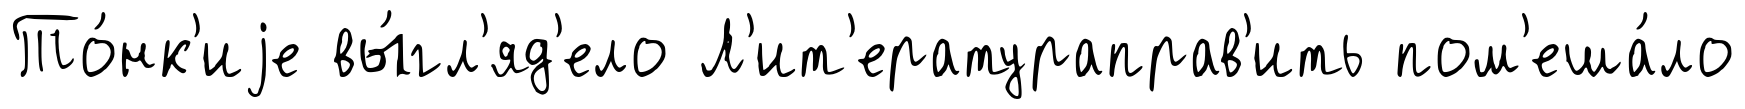
То́нк'иjе вы́гл'яд'ело Л'ит'ератураправ'ить пом'еша́ло